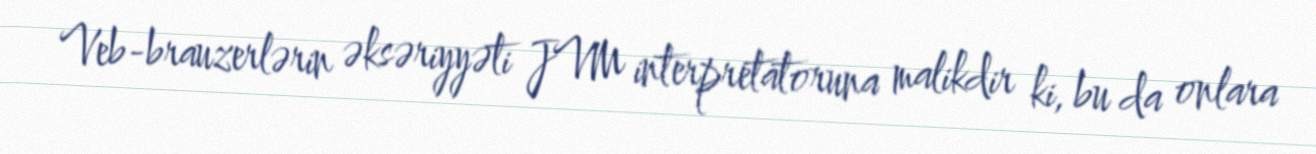
Veb-brauzerlərin əksəriyyəti JVM interpretatoruna malikdir ki, bu da onlara